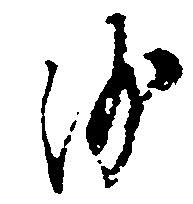
沙